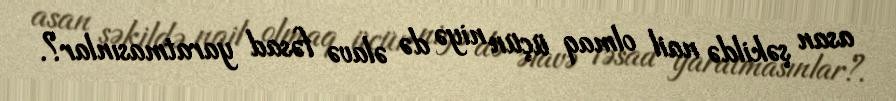
asan şəkildə nail olmaq üçün niyə də əlavə fəsad yaratmasınlar?.